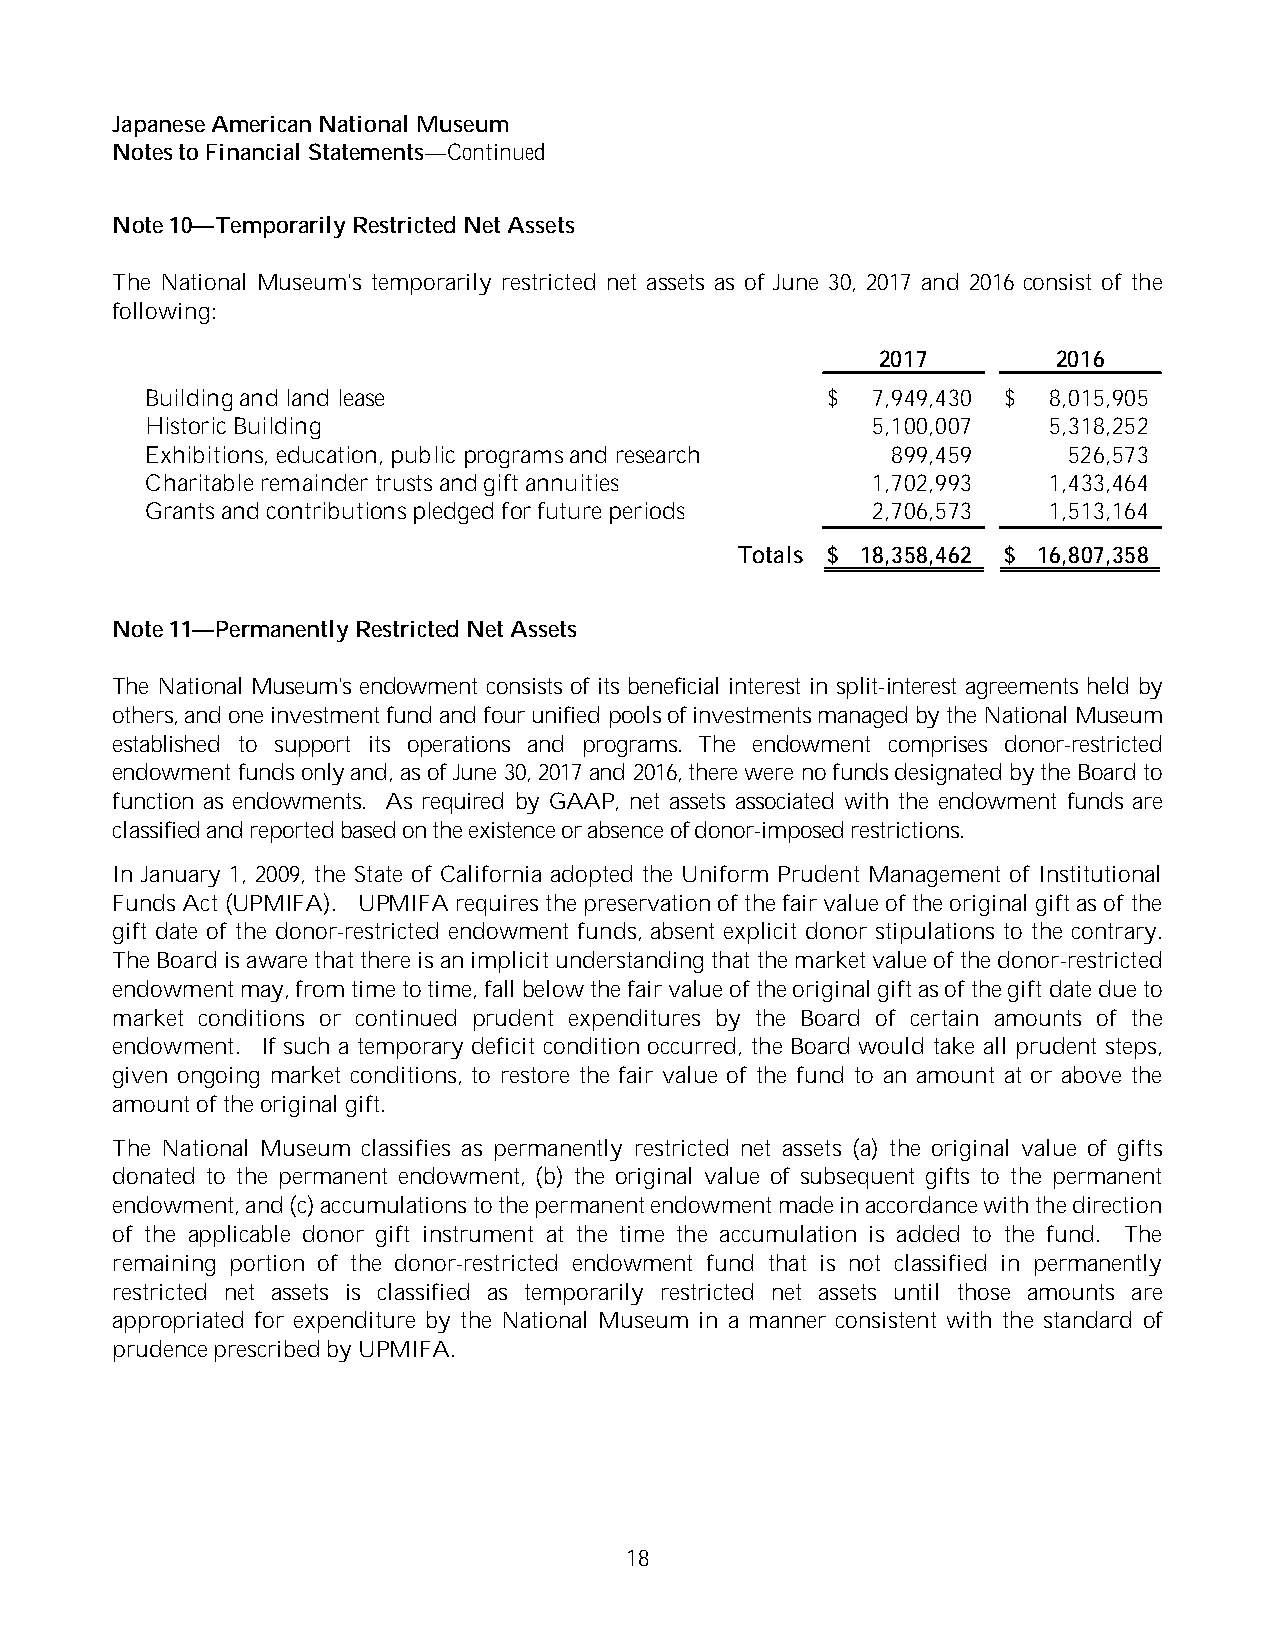
Japanese American National Museum
 Notes to Financial Statements—Continued
 Note 10—Temporarily Restricted Net Assets
 The National Museum's temporarily restricted net assets as of June 30, 2017 and 2016 consist of the
 following:
 2017        2016
 Building and land lease                      $  7,949,430 $ 8,015,905
 Historic Building                               5,100,007  5,318,252
 Exhibitions, education, public programsand research 899,459  526,573
 Charitable remainder trustsand gift annuities   1,702,993  1,433,464
 Grantsand contributions pledged for future periods 2,706,573 1,513,164
 Totals $ 18,358,462 $ 16,807,358
 Note 11—Permanently Restricted Net Assets
 The National Museum's endowment consists of its beneficial interest in split-interest agreements held by
 others, and one investment fund and four unified pools of investments managed by the National Museum
 established to support its operations and programs. The endowment comprises donor-restricted
 endowment funds only and, as of June 30, 2017and 2016, there were no funds designated by the Board to
 function as endowments. As required by GAAP, net assets associated with the endowment funds are
 classified and reported based on the existence or absence of donor-imposed restrictions.
 In January 1, 2009, the State of California adopted the Uniform Prudent Management of Institutional
 Funds Act (UPMIFA). UPMIFA requiresthe preservation of the fair value of the original gift as of the
 gift date of the donor-restricted endowment funds, absent explicit donor stipulations to the contrary.
 The Board is aware thatthere is an implicit understanding that the market value of the donor-restricted
 endowment may, from time to time, fall below the fair value of the original gift as of the gift date due to
 market conditions or continued prudent expenditures by the Board of certain amounts of the
 endowment. If such a temporary deficit condition occurred, the Board would take all prudent steps,
 given ongoing market conditions, to restore the fair value of the fund to an amount at or above the
 amount of the original gift.
 The National Museum classifies as permanently restricted net assets (a) the original value of gifts
 donated to the permanent endowment, (b) the original value of subsequent gifts to the permanent
 endowment, and (c) accumulations to the permanent endowmentmade in accordance with the direction
 of the applicable donor gift instrument at the time the accumulation is added to the fund. The
 remaining portion of the donor-restricted endowment fund that is not classified in permanently
 restricted net assets is classified as temporarily restricted net assets until those amounts are
 appropriated for expenditure by the National Museum in a manner consistent with the standard of
 prudence prescribed by UPMIFA.
 18